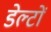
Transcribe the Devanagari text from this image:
डेल्टों